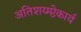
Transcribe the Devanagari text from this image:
अतिशय्म्प्ठेकार्य